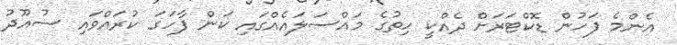
އެންމެ ފަހުން ޑޮކްޓަރަށް ދެއްކީ ހިތުގެ މައްސަލައެއްގައި ކަން ފާހަގަ ކުރައްވައި ސުއޫދު